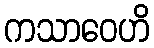
ကသာဝေဟိ